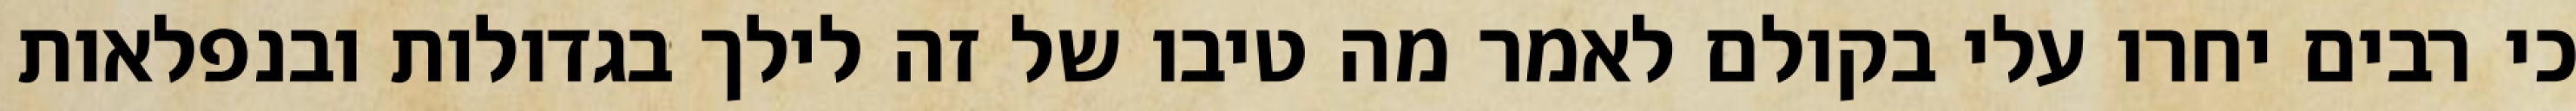
כי רבים יחרו עלי בקולם לאמר מה טיבו של זה לילך בגדולות ובנפלאות